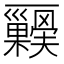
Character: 𭬺